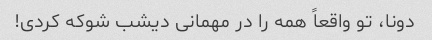
دونا، تو واقعاً همه را در مهمانی دیشب شوکه کردی!